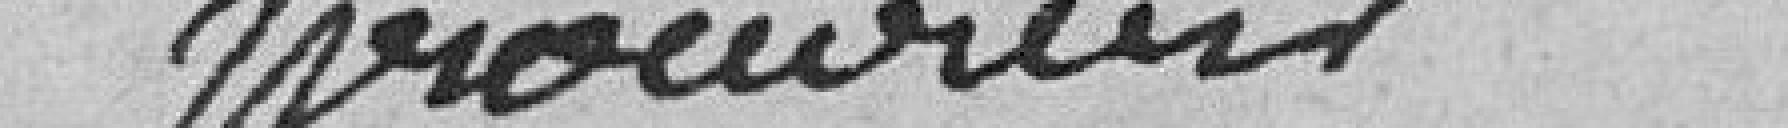
Procureur